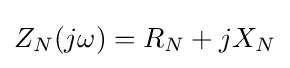
Z_{N}(j\omega )=R_{N}+jX_{N}